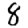
Digit: 8